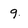
Character: 9